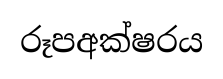
රූපඅක්ෂරය